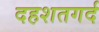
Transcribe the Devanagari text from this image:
दहशतगर्द